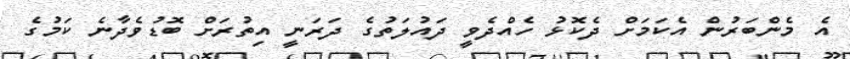
އެ މެންބަރުން އެކަމަށް ދެކޮޅު ހެއްދެވީ ދައުލަތުގެ ދަރަނީ އިތުރަށް ބޮޑުވެދާނެ ކަމުގެ